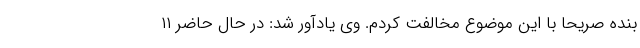
بنده صریحا با این موضوع مخالفت کردم. وی یادآور شد: در حال حاضر ۱۱